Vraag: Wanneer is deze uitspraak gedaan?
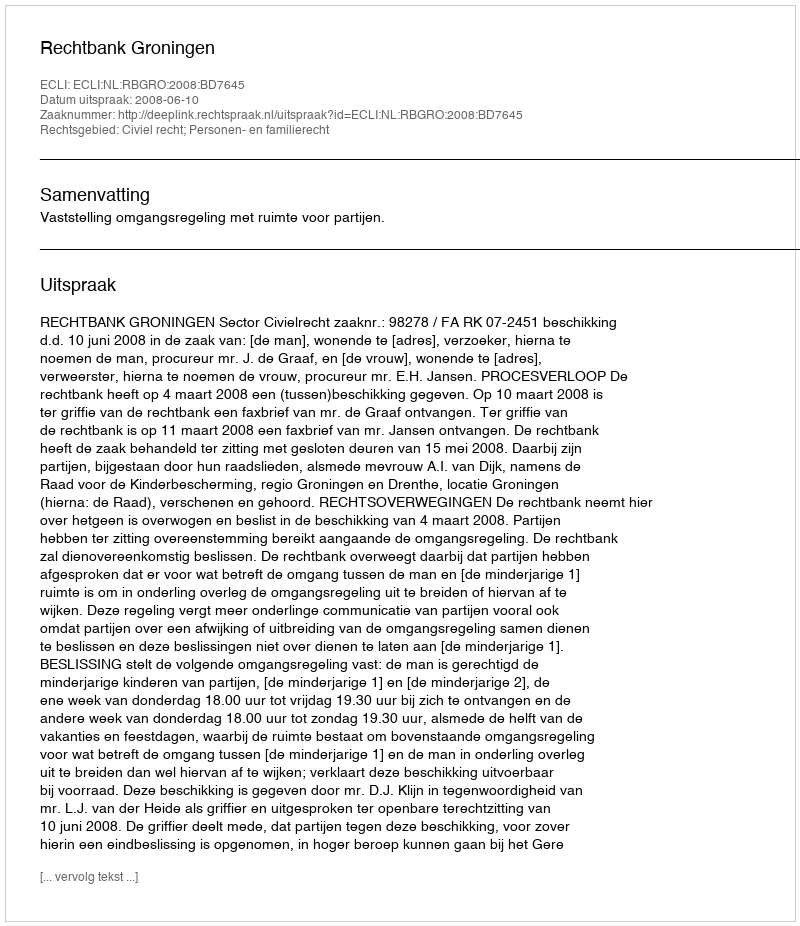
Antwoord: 2008-06-10